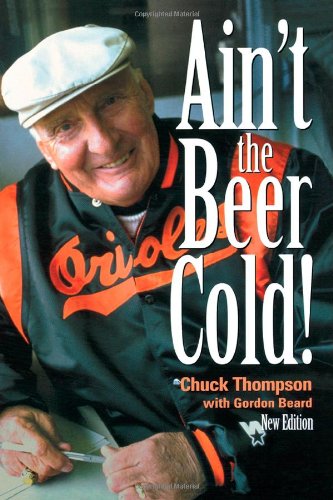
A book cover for Ain't the Beer Cold!; Chuck Thompson; Sports & Outdoors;